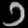
Digit: ၁